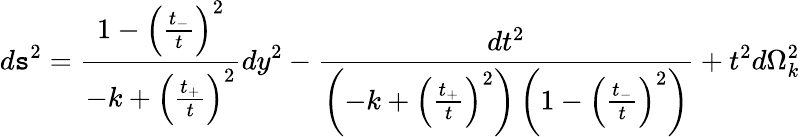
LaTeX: d\mathtt{s}^{2}=\frac{{1-\left(\frac{{t_{-}}}{{t}}\right)^{2}}}{{-k+\left(\frac{{t_{+}}}{{t}}\right)^{2}}}dy^{2}-\frac{{dt^{2}}}{{\left(-k+\left(\frac{{t_{+}}}{{t}}\right)^{2}\right)\left(1-\left(\frac{{t_{-}}}{{t}}\right)^{2}\right)}}+t^{2}d\Omega_{k}^{2}